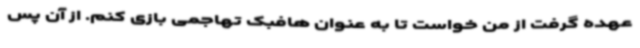
عهده گرفت از من خواست تا به عنوان هافبک تهاجمی بازی کنم. از آن پس